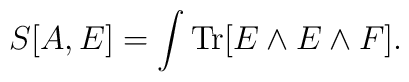
S[A,E]=\int {\rm Tr}[E\wedge E\wedge F].